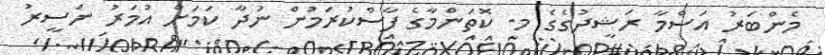
މެންބަރު އަސްމާ ރަޝީދުގެގެ މ. ކޮތަންމާގެ ފާސްކުރަމުން ނުދާ ކަމަށް އުމަރު ނަސީރު